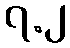
၇.၂